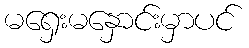
မရှေးမနှောင်းမှာပင်